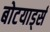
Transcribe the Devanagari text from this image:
बोटयार्ड्स